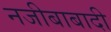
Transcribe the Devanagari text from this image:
नजीबाबादी